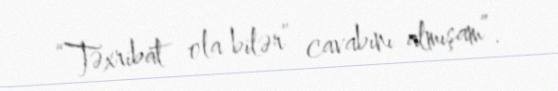
“Təxribat ola bilər” cavabını almışam”.